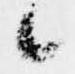
候